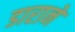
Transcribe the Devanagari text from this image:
डाराने